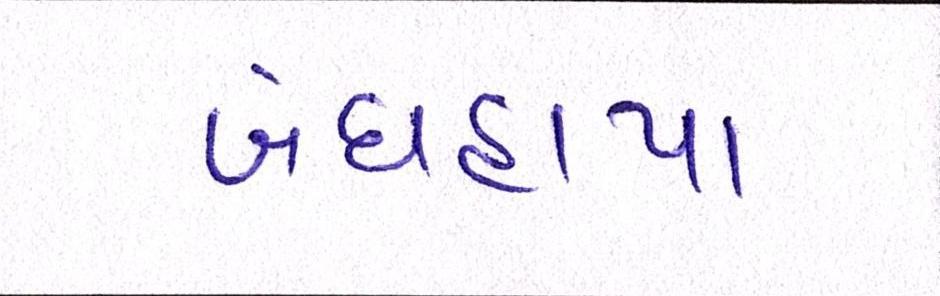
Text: બંધહાપા